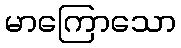
မာကြောသော